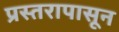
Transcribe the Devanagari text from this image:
प्रस्तरापासून